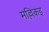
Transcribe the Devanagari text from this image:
मल्लिकइ